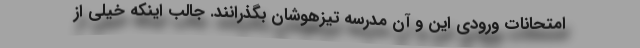
امتحانات ورودی این و آن مدرسه تیزهوشان بگذرانند. جالب اینکه خیلی از